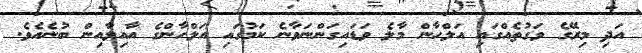
އަދި މިރޭގެ ވަގުތެއްގައި އަލްހާން މާލެ ވަޑައިގަންނަވާނެ ކަމުގައި އަލްހާންގެ އާއިލާއިން ބުނެއެވެ.